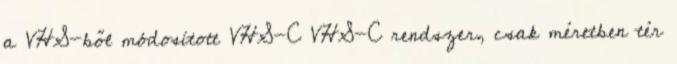
a VHS-ből módosított VHS-C VHS-C rendszer, csak méretben tér